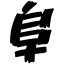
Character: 阜